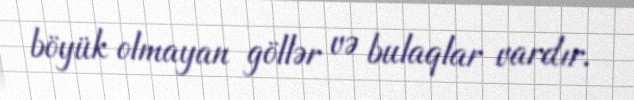
böyük olmayan göllər və bulaqlar vardır.